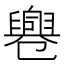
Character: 𠨨